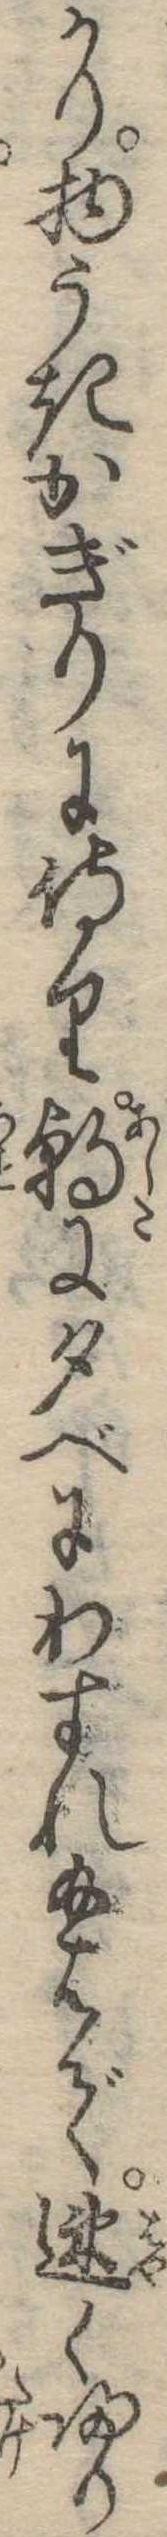
かり物うきかぎりに侍り朝に夕べにわすれ給はで速く帰り